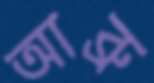
আব্রু